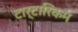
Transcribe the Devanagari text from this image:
टार्टारिकम